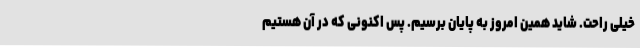
خیلی راحت. شاید همین امروز به پایان برسیم. پس اکنونی که در آن هستیم